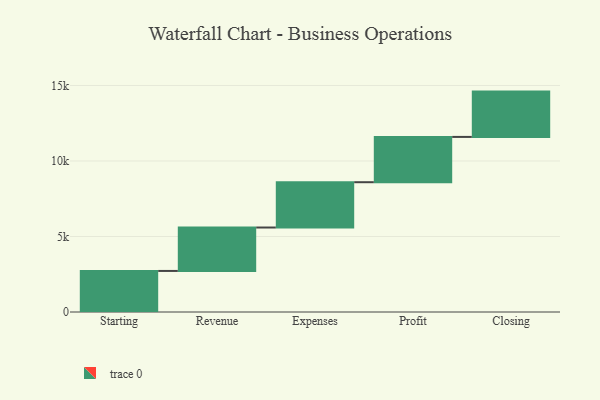
{"axis": {"x": "Step", "y": "Value"}, "legend": [""], "data": [{"x": "Starting", "y": 2719.0, "type": ""}, {"x": "Revenue", "y": 2875.0, "type": ""}, {"x": "Expenses", "y": 3000, "type": ""}, {"x": "Profit", "y": 3000, "type": ""}, {"x": "Closing", "y": 3000, "type": ""}]}